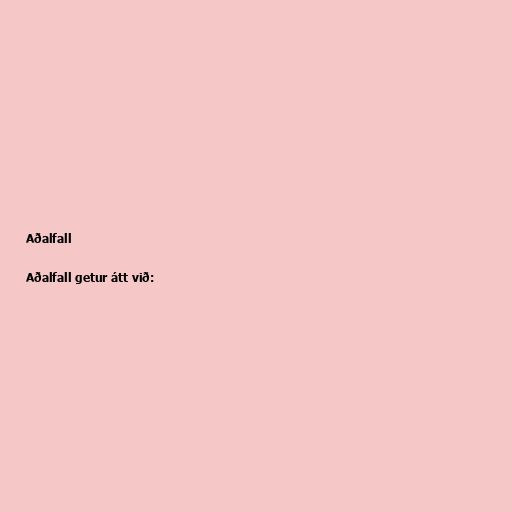
Aðalfall

Aðalfall getur átt við: